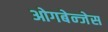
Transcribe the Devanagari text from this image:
ओगबेन्जेस